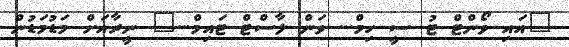
"އައި ވޯންޓް ޓު ސީ ހިމް... ވަން ލާސްޓް ޓައިމް..." ނީރާއަށް މަޑުމަޑުން